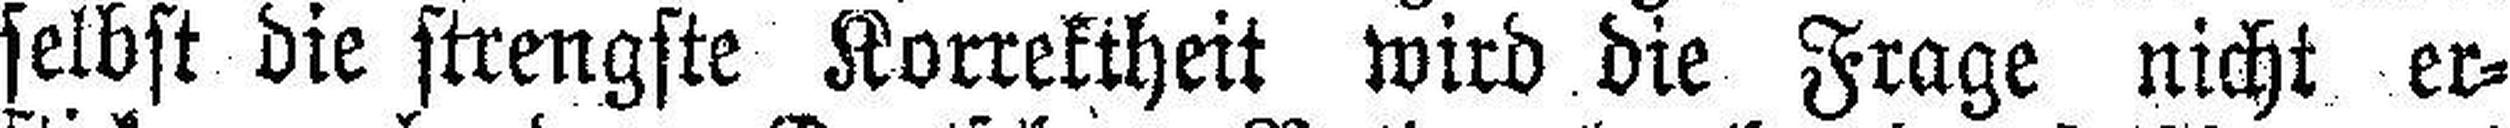
selbst die strengste Korrektheit wird die Frage nicht er¬